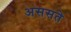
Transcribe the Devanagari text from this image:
अससते